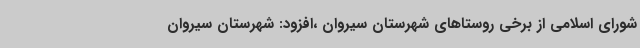
شورای اسلامی از برخی روستاهای شهرستان سیروان ،افزود: شهرستان سیروان